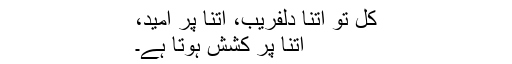
کل تو اتنا دلفریب، اتنا پر امید،
اتنا پر کشش ہوتا ہے۔